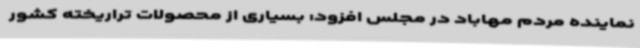
نماینده مردم مهاباد در مجلس افزود: بسیاری از محصولات تراریخته کشور